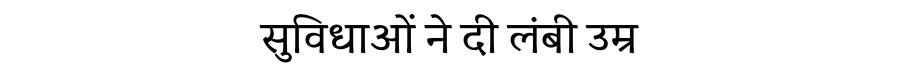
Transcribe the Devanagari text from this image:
सुविधाओं ने दी लंबी उम्र